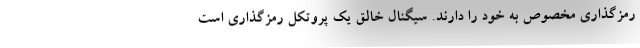
رمزگذاری مخصوص به خود را دارند. سیگنال خالق یک پروتکل رمزگذاری است